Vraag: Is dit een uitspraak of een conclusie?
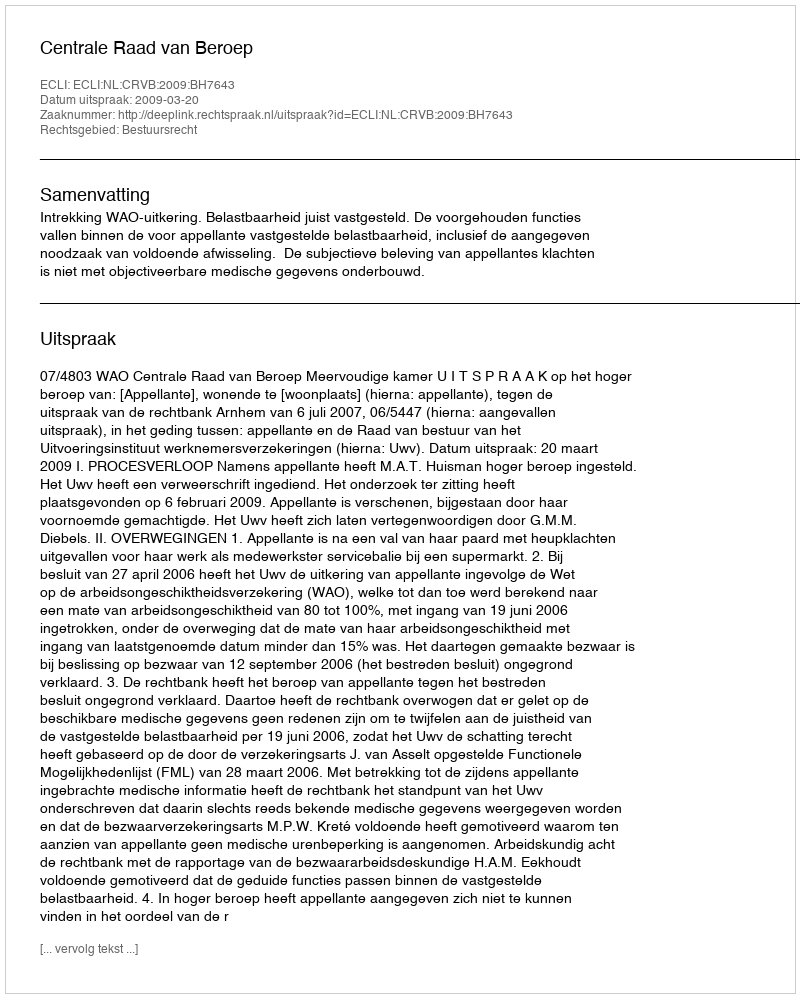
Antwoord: Uitspraak